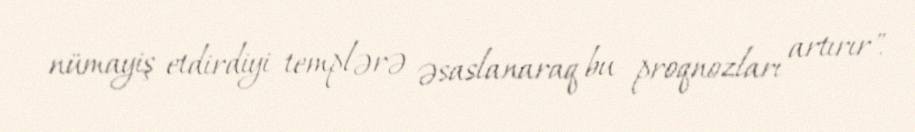
nümayiş etdirdiyi templərə əsaslanaraq bu proqnozları artırır".